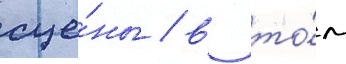
сце́ны / в то́м